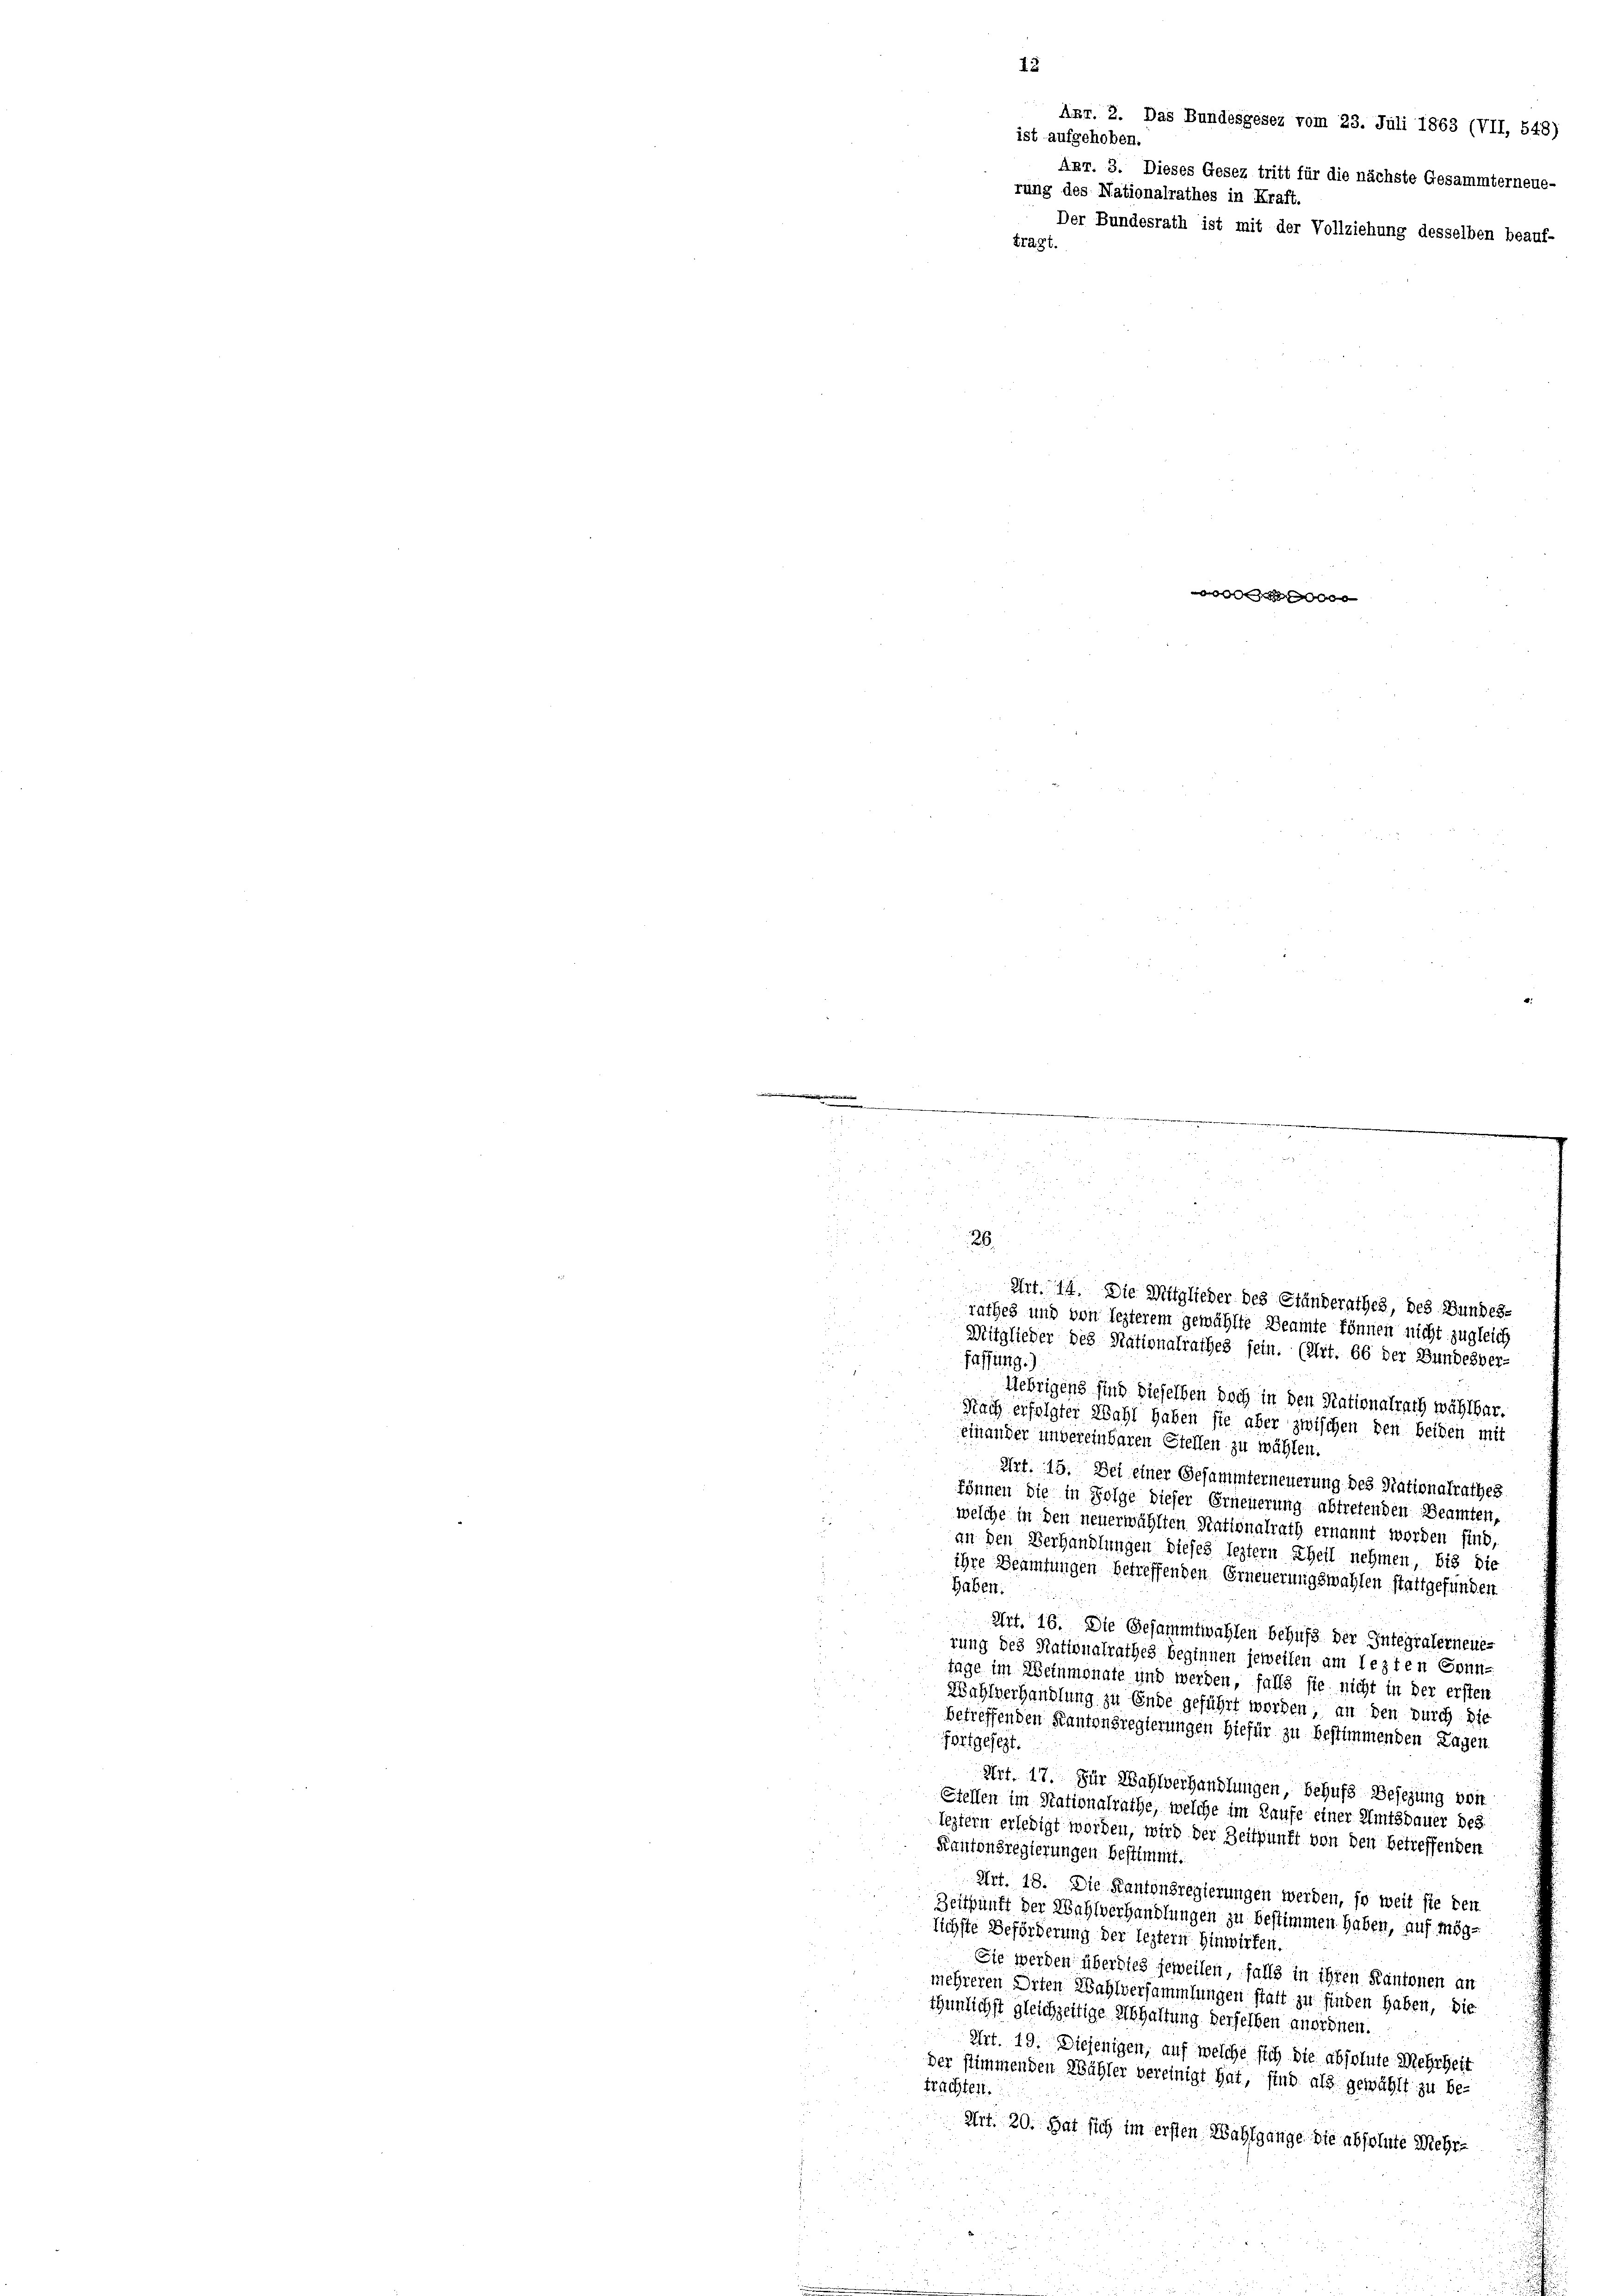
13
Axr. 2. Das Bundesgesez vom 23. Juli 1863 (VII, 548)
ist aufgehoben.

Akr. 3. Dieses Gesez tritt für die nächste Gesammterneue-
rung des Nationalrathes in Kraft.
Der Bundesrath ist mit der Vollziehung desselben beauf-
tragt.

enchologe

i
Mitglieder des Nationalrathes sein. (Art. 66 der Bundesver-
fassung.)
Uebrigens sind dieselben doch in den Stationalrath wählbar.
.
Nach erfolgter Wahl haben sie aber zwischen den beiden mit
einander unvereinbaren Stellen zu wählen.
Art. 15. Bei einer Gesammterneuerung des Nationalrathes
können die in Folge dieser Erneuerung abtretenden Beamten,
welche in den neuerwählten Nationalrath ernannt worden sind,
an den Verhandlungen dieses leztern Theil nehmen, bis die
ihre Beamtungen betreffenden Erneuerungswahlen stattgefunden
Gaben:
Art. 16. Die Gesammtwahlen behufs der Integralerneues
rung des Nationalrathes beginnen jeweisen am lezten Sonn-
tage im Weinmonate und werden, falls sie nicht in der ersten
Wahlverhandlung zu Ende geführt worden; an den durch die
betreffenden Kantonsregierungen hiefür zu bestimmenden Tagen
fortgesezt.
Art. 17. Für Wahlverhandlungen, behufs Besezung von
Stellen im Stationalrathe, welche im Laufe einer Amtsdauer des
leztern erledigt worden, wird der Zeitpunft von den betreffenden
Kantonsregierungen bestimmt.
Art. 18. Die Kantonsregierungen werden, so weit sie den
Zeitpunft der Wahlverhandlungen zu bestimmen haben, auf möglichste Beförderung der leztern Hinwirken.
Sie werden überdies jeweilen, falls in ihren Kantonen an
mehreren Orten Wahlversammlungen statt zu finden haben, die
thunlichst gleichzeitige Abhaltung derselben anordnen.
Art. 19. Diejenigen, auf welche sich die absolute Mehrheit
der stimmenden Wähler vereinigt hat, sind als gewählt zu be-
frachten.
Art. 20. Hat sich im ersten Wahlgange die absolute Mehr¬

8
u
u
a
.

.
d
d
26.
u
Art. 14. Die Mitglieder des Ständerathes, des Bundes-
rathes und von lezterem gewählte Beamte können nicht zugleich